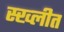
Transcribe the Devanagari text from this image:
स्ख्लीत